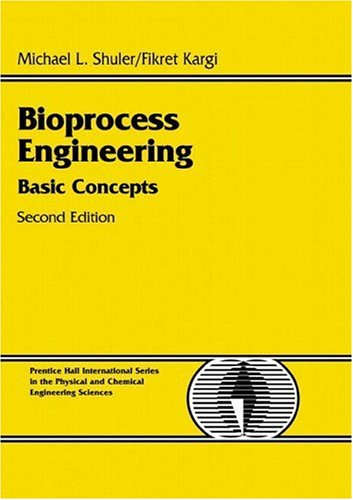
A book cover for Bioprocess Engineering: Basic Concepts (2nd Edition); Michael L. Shuler; Medical Books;